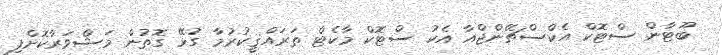
ބޫޓާން ސްޓޮކް އެކްސްޗޭންޖްއާ އެކު ސްޓޮކް މާކެޓް ތަރައްޤީކުރުމާ ގުޅޭ ގޮތުން މަޝްވަރާކޮށްފި